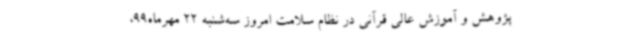
پژوهش و آموزش عالی قرآنی در نظام سلامت امروز سه‌شنبه 22 مهرماه99،